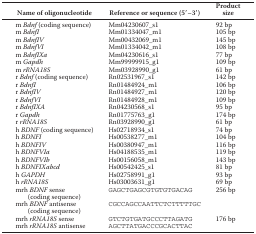
<table><thead><tr><td><b>Name of oligonucleotide</b></td><td><b>Reference or sequence (5′–3′)</b></td><td><b>Product size</b></td></tr></thead><tbody><tr><td>m <i>Bdnf</i> (coding sequence)</td><td>Mm04230607_s1</td><td>92 bp</td></tr><tr><td>m <i>BdnfI</i></td><td>Mm01334047_m1</td><td>105 bp</td></tr><tr><td>m <i>BdnfIV</i></td><td>Mm00432069_m1</td><td>145 bp</td></tr><tr><td>m <i>BdnfVI</i></td><td>Mm01334042_m1</td><td>108 bp</td></tr><tr><td>m <i>BdnfIXa</i></td><td>Mm04230616_s1</td><td>77 bp</td></tr><tr><td>m <i>Gapdh</i></td><td>Mm99999915_g1</td><td>109 bp</td></tr><tr><td>m <i>rRNA18S</i></td><td>Mm03928990_g1</td><td>61 bp</td></tr><tr><td>r <i>Bdnf</i> (coding sequence)</td><td>Rn02531967_s1</td><td>142 bp</td></tr><tr><td>r <i>BdnfI</i></td><td>Rn01484924_m1</td><td>106 bp</td></tr><tr><td>r <i>BdnfIV</i></td><td>Rn01484927_m1</td><td>120 bp</td></tr><tr><td>r <i>BdnfVI</i></td><td>Rn01484928_m1</td><td>109 bp</td></tr><tr><td>r <i>BdnfIXA</i></td><td>Rn04230568_s1</td><td>95 bp</td></tr><tr><td>r <i>Gapdh</i></td><td>Rn01775763_g1</td><td>174 bp</td></tr><tr><td>r <i>rRNA18S</i></td><td>Rn03928990_g1</td><td>61 bp</td></tr><tr><td>h <i>BDNF</i> (coding sequence)</td><td>Hs02718934_s1</td><td>74 bp</td></tr><tr><td>h <i>BDNFI</i></td><td>Hs00538277_m1</td><td>104 bp</td></tr><tr><td>h <i>BDNFIV</i></td><td>Hs00380947_m1</td><td>116 bp</td></tr><tr><td>h <i>BDNFVIa</i></td><td>Hs04188535_m1</td><td>119 bp</td></tr><tr><td>h <i>BDNFVIb</i></td><td>Hs00156058_m1</td><td>143 bp</td></tr><tr><td>h <i>BDNFIXabcd</i></td><td>Hs00542425_s1</td><td>81 bp</td></tr><tr><td>h <i>GAPDH</i></td><td>Hs02758991_g1</td><td>93 bp</td></tr><tr><td>h <i>rRNA18S</i></td><td>Hs03003631_g1</td><td>69 bp</td></tr><tr><td>mrh <i>BDNF</i> sense (coding sequence)</td><td>GAGCTGAGCGTGTGTGACAG</td><td>256 bp</td></tr><tr><td>mrh <i>BDNF</i> antisense (coding sequence)</td><td>CGCCAGCCAATTCTCTTTTTGC</td><td></td></tr><tr><td>mrh <i>rRNA18S</i> sense</td><td>GTCTGTGATGCCCTTAGATG</td><td>176 bp</td></tr><tr><td>mrh <i>rRNA18S</i> antisense</td><td>AGCTTATGACCCGCACTTAC</td><td></td></tr></tbody></table>